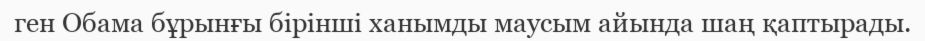
ген Обама бұрынғы бірінші ханымды маусым айында шаң қаптырады.